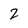
Character: 2